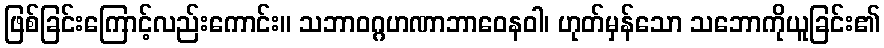
ဖြစ်ခြင်းကြောင့်လည်းကောင်း။ သဘာဝဂ္ဂဟဏာဘာဝေနဝါ၊ ဟုတ်မှန်သော သဘောကိုယူခြင်း၏